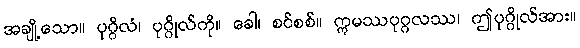
အချို့သော။ ပုဂ္ဂိလံ၊ ပုဂ္ဂိုလ်ကို။ ခေါ၊ စင်စစ်။ ဣမဿပုဂ္ဂလဿ၊ ဤပုဂ္ဂိုလ်အား။